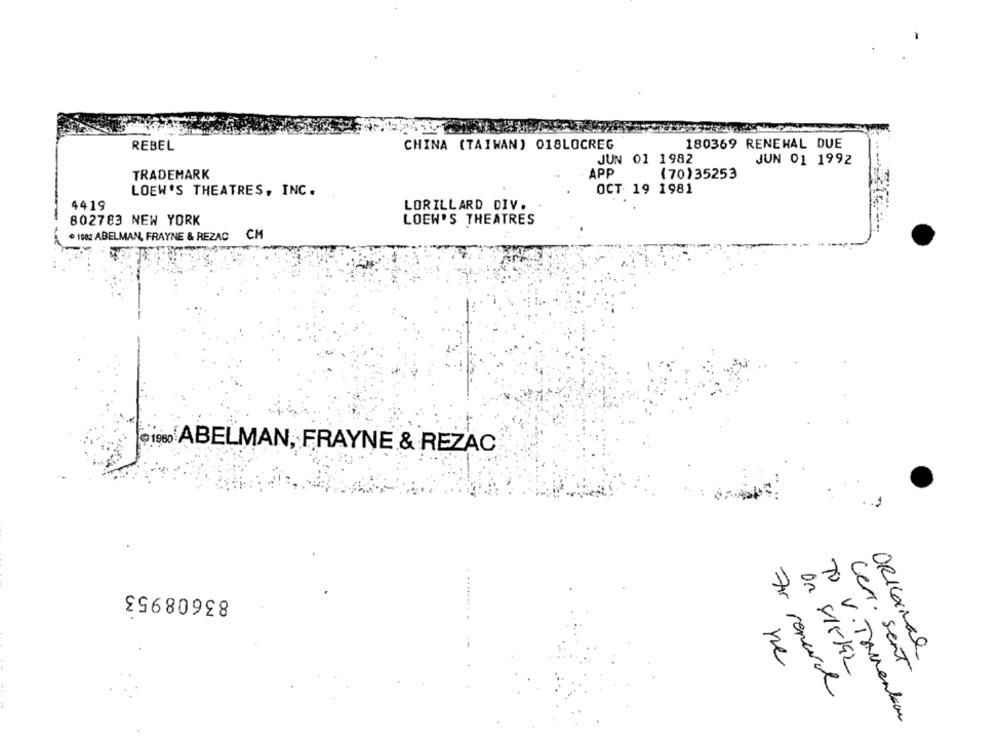
REBEL
CHINA (TAIWAN) 018LOCREG
180369 RENEHAL DUE
JUN 01 1982
JUN 01 1992
TRADEMARK
APP
(70) 35253
LOEW'S THEATRES, INC.
OCT 19 1981
4419
LORILLARD DIV.
802783 NEW YORK
LOEW'S THEATRES
. 1982 ABELMAN, FRAYNE & REZAC
CM
· 1980 ABELMAN, FRAYNE & REZAC
1
...
83608953
ORIGINAL
ne
Cer. Sent
For removal
TO V. Themenkan